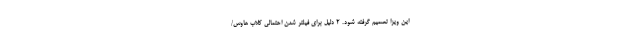
این ویزا تصمیم گرفته شود. 2 دلیل برای فیلتر شدن احتمالی کلاب هاوس/